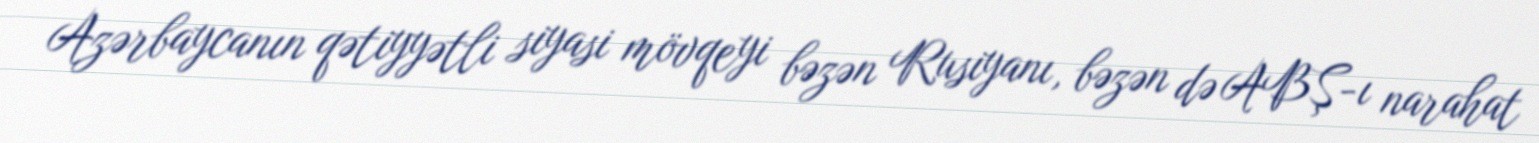
Azərbaycanın qətiyyətli siyasi mövqeyi bəzən Rusiyanı, bəzən də ABŞ-ı narahat